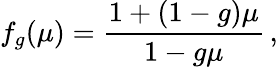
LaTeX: f_{g}(\mu)=\frac{1+(1-g)\mu}{1-g\mu}\, ,